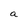
Character: a